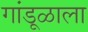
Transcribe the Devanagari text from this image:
गांडूळाला